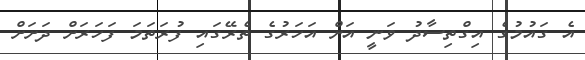
އެ ގައުމުގެ އިގްތިސާދު ވަނީ އަށް އަހަރުގެ ތެރޭގައި ފުރަތަމަ ފަހަރަށް ދަށަށް